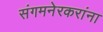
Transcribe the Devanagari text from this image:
संगमनेरकरांना